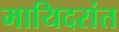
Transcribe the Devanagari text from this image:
मायिदरांत